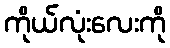
ကိုယ်လုံးလေးကို